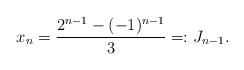
\begin{align*}x_n= \frac{2^{n-1}-(-1)^{n-1}}{3}=\!\colon J_{n-1}.\end{align*}